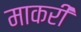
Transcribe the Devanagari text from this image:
माकरी